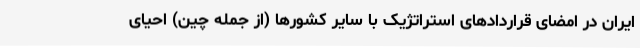
ایران در امضای قراردادهای استراتژیک با سایر کشورها (از جمله چین) احیای